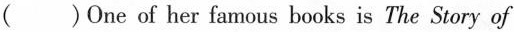
( )One of her famous books is The Story of